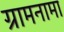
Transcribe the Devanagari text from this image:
ग्रामनामा